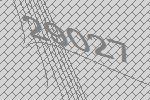
29027